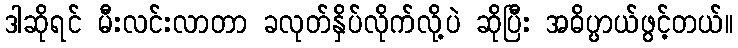
ဒါဆိုရင် မီးလင်းလာတာ ခလုတ်နှိပ်လိုက်လို့ပဲ ဆိုပြီး အဓိပ္ပာယ်ဖွင့်တယ်။